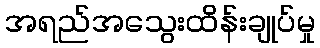
အရည်အသွေးထိန်းချုပ်မှု